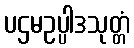
ပဌမဥပ္ပါဒသုတ္တံ